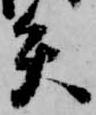
矢